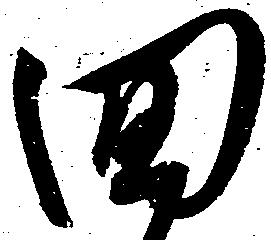
回